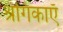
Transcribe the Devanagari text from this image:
श्रंगिकाएँ